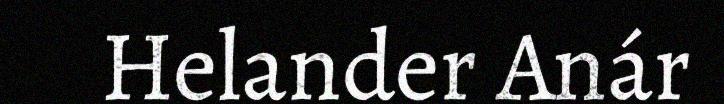
Helander Anár